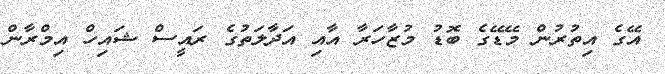
އޭގެ އިތުރުން މޭޑޭގެ ބޮޑު މުޒާހަރާ އާއި އަދާލަތުގެ ރައީސް ޝައިހް އިމްރާން